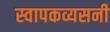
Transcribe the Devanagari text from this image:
स्वापकव्यसनी